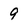
Character: 9